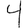
Digit: 4